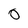
Character: O